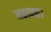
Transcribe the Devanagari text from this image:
महावत।